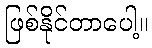
ဖြစ်နိုင်တာပေါ့။